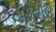
મગરીબ